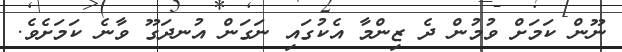
ނޫން ކަމަށް ވުމުން ދެ ޒިންމާ އެކުގައި ނަގަން އުނދަގޫ ވާނެ ކަމަށެވެ.